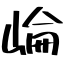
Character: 崘